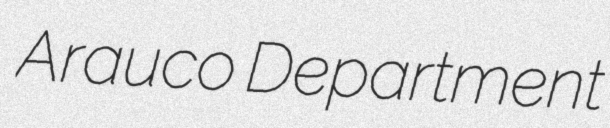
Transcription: Arauco Department